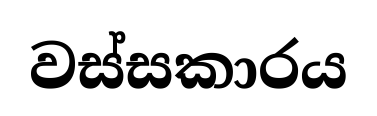
වස්සකාරය